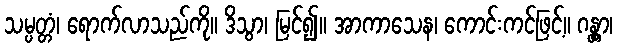
သမ္ပတ္တံ၊ ရောက်လာသည်ကို။ ဒိသွာ၊ မြင်၍။ အာကာသေန၊ ကောင်းကင်ဖြင့်။ ဂန္တွာ၊